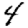
Digit: 4